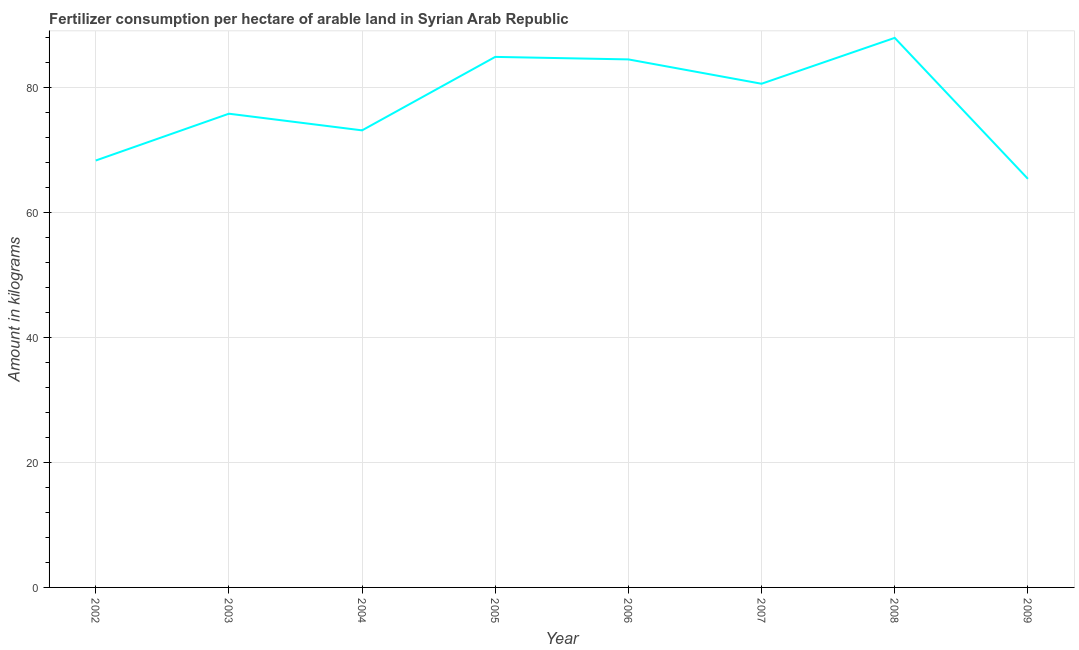
| Year | Fertilizer consumption |
 | --- | --- |
 | 2002 | 68.4 |
 | 2003 | 75.8 |
 | 2004 | 73.2 |
 | 2005 | 84.9 |
 | 2006 | 84.5 |
 | 2007 | 80.6 |
 | 2008 | 88 |
 | 2009 | 65.4 |